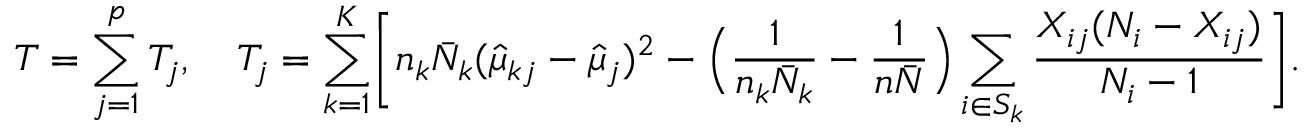
T = \sum _ { j = 1 } ^ { p } T _ { j } , \quad T _ { j } = \sum _ { k = 1 } ^ { K } \biggl [ n _ { k } \bar { N } _ { k } ( \hat { \mu } _ { k j } - \hat { \mu } _ { j } ) ^ { 2 } - \Bigl ( \frac { 1 } { n _ { k } \bar { N } _ { k } } - \frac { 1 } { n \bar { N } } \Bigr ) \sum _ { i \in S _ { k } } \frac { X _ { i j } ( N _ { i } - X _ { i j } ) } { N _ { i } - 1 } \biggr ] .